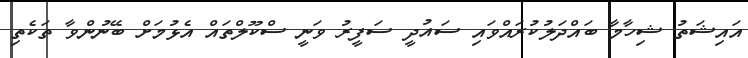
އައިޝަތު ޝިހާމާ ބައްދަލުކުރައްވައި ސައުދީ ސަފީރު ވަނީ ސްކޫލްތައް އެޅުމަށް ބޭނުންވާ ތަކެތި